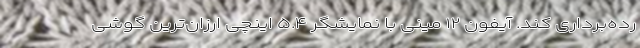
رده‌برداری کند. آیفون ۱۲ مینی با نمایشگر ۵.۴ اینچی ارزان‌ترین گوشی